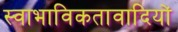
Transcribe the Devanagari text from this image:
स्वाभाविकतावादियों